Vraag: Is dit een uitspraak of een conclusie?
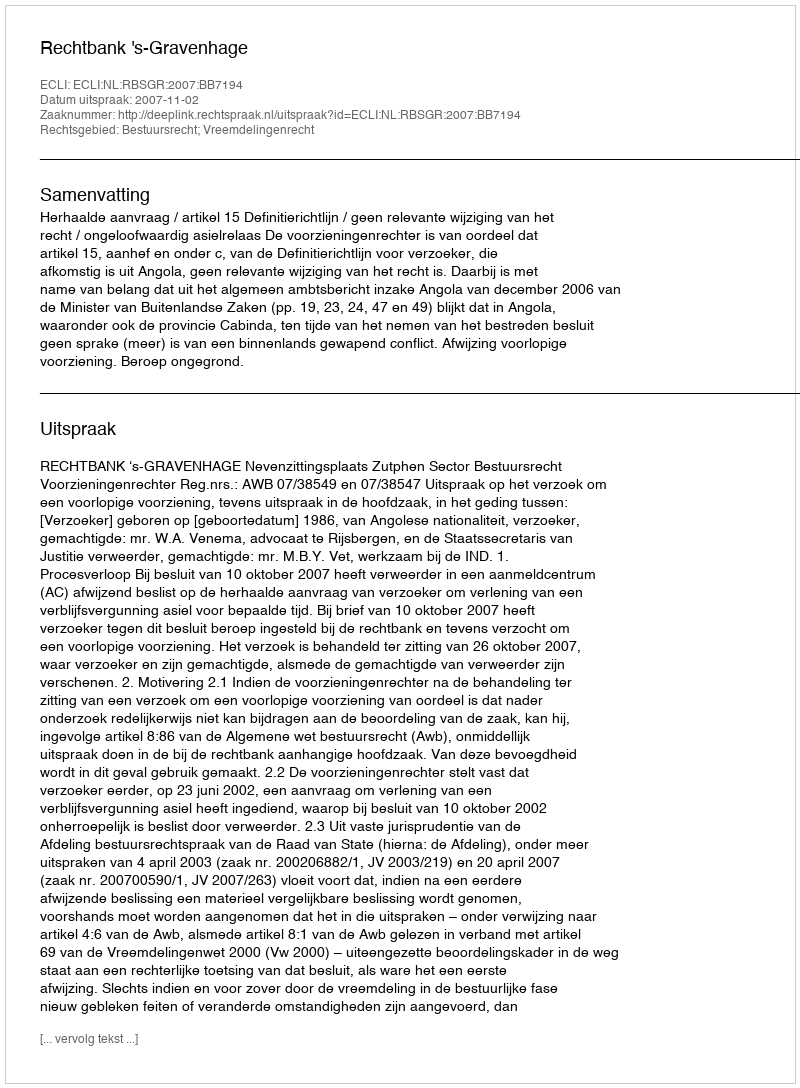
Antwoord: Uitspraak